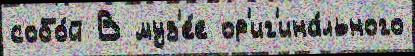
собо́й В муз'е́е ор'иг'ина́льного